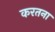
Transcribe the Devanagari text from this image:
करतना